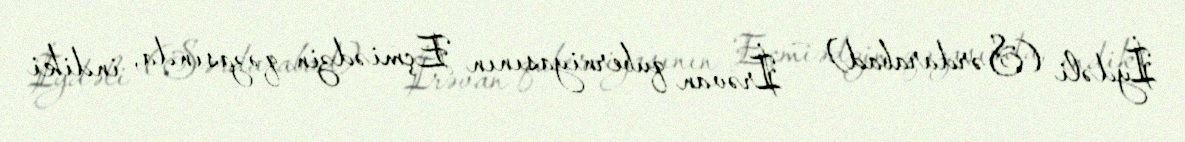
İydəli (Sərdarabad) — İrəvan quberniyasının Eçmiədzin qəzasında, indiki